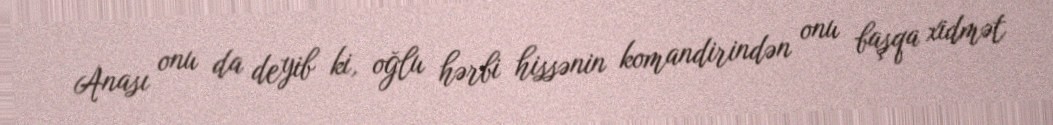
Anası onu da deyib ki, oğlu hərbi hissənin komandirindən onu başqa xidmət